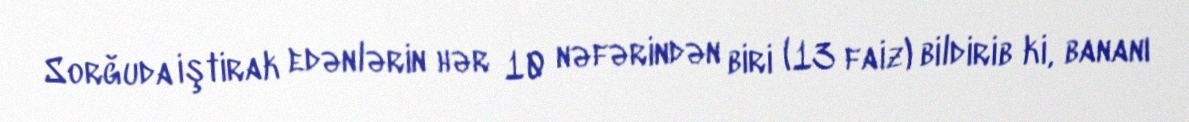
Sorğuda iştirak edənlərin hər 10 nəfərindən biri (13 faiz) bildirib ki, bananı